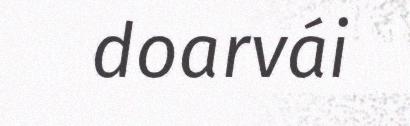
doarvái